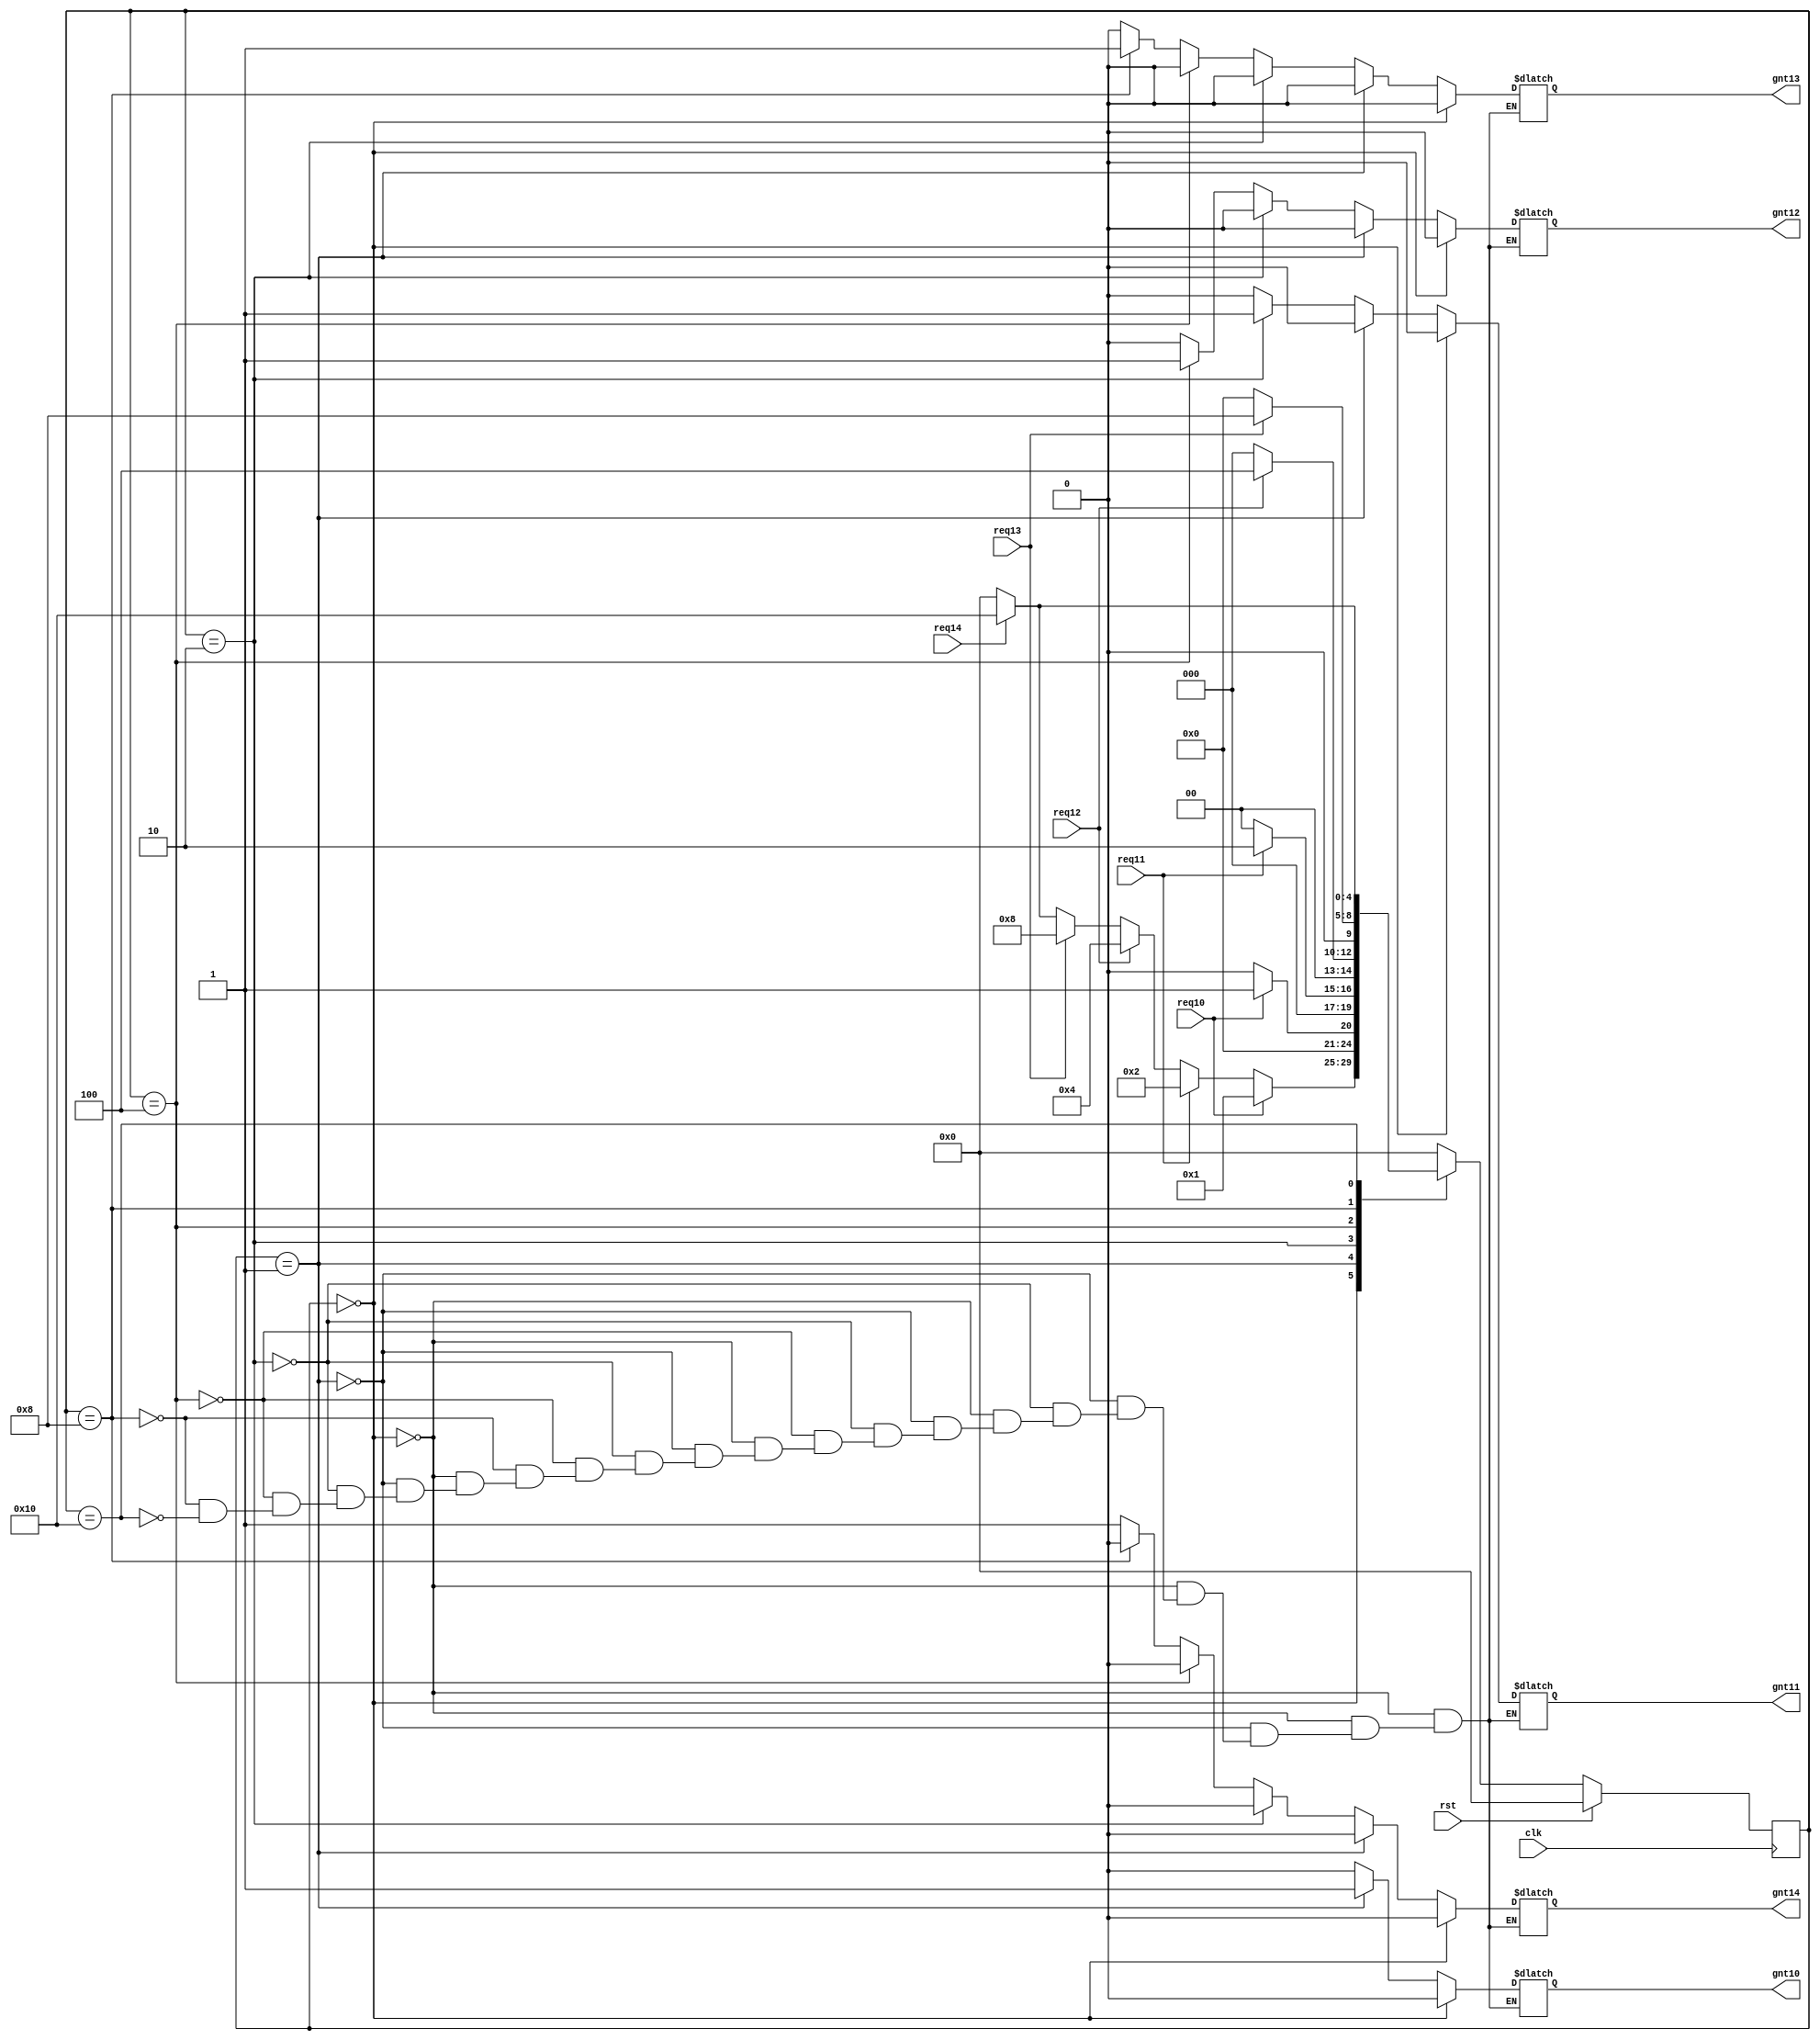
`timescale 1ns / 1ps
//////////////////////////////////////////////////////////////////////////////////
// Company: 
// Engineer: 
// 
// Design Name: 
// Module Name:    arbiter1 
// Project Name: 
// Target Devices: 
// Tool versions: 
// Description: 
//
// Dependencies: 
//
// Revision: 
// Revision 0.01 - File Created
// Additional Comments: 
//
//////////////////////////////////////////////////////////////////////////////////
module arbiterR31(gnt14,gnt13,gnt12,gnt11,gnt10,req14,req13,req12,req11,req10,clk,rst);

   output reg gnt14,gnt13,gnt12,gnt11,gnt10;
   input      req14,req13,req12,req11,req10;
   input      clk,rst;

   parameter idle=5'b00000;
   parameter GNT4=5'b10000;
	parameter GNT3=5'b01000;
   parameter GNT2=5'b00100;
   parameter GNT1=5'b00010;
   parameter GNT0=5'b00001;
	
	

   reg [4:0]  state,next_state;

   always @ (posedge clk)
     begin
    if(rst)
      state=idle;
    else
      state=next_state;
     end

   always @ (state,req14,req13,req12,req11,req10)
     begin
    next_state=0;

    case (state)

      idle:begin

         if(req10)
           next_state=GNT0;
         else if(req11)
           next_state=GNT1;
         else if(req12)
           next_state=GNT2;
         else if(req13)
           next_state=GNT3;
			else if(req14)
           next_state=GNT4;
         else
           next_state=idle;
      end // case: idle

      GNT0:begin

         if(req10)
           next_state=GNT0;
         else
           next_state=idle;
      end

      GNT1:begin
         if(req11)
           next_state=GNT1;
         else
           next_state=idle;
      end

      GNT2:begin
         if(req12)
           next_state=GNT2;
         else
           next_state=idle;
      end

      GNT3:begin
         if(req13)
           next_state=GNT3;
         else
           next_state=idle;
      end
		
		 GNT4:begin
         if(req14)
           next_state=GNT4;
         else
           next_state=idle;
      end
		
    endcase // case (state)
     end // always @ (state,req3,req2,req1,req0)

always @ (state)
  begin
     if(state==idle)
       begin
		 gnt14=0;
      gnt13=0;
      gnt12=0;
      gnt11=0;
      gnt10=0;
       end
     else if(state==GNT0)
       begin
      gnt14=0;
		gnt13=0;
      gnt12=0;
      gnt11=0;
      gnt10=1;
       end
     else if(state==GNT1)
       begin
      gnt14=0;
		gnt13=0;
      gnt12=0;
      gnt11=1;
      gnt10=0;
       end
     else if(state==GNT2)
       begin
      gnt14=0;
		gnt13=0;
      gnt12=1;
      gnt11=0;
      gnt10=0;
       end
     else if(state==GNT3)
       begin
      gnt14=0;
		gnt13=1;
      gnt12=0;
      gnt11=0;
      gnt10=0;
     end
	  else if(state==GNT4)
       begin
      gnt14=1;
		gnt13=0;
      gnt12=0;
      gnt11=0;
      gnt10=0;
     end
	  
  end // always @ (state)



endmodule